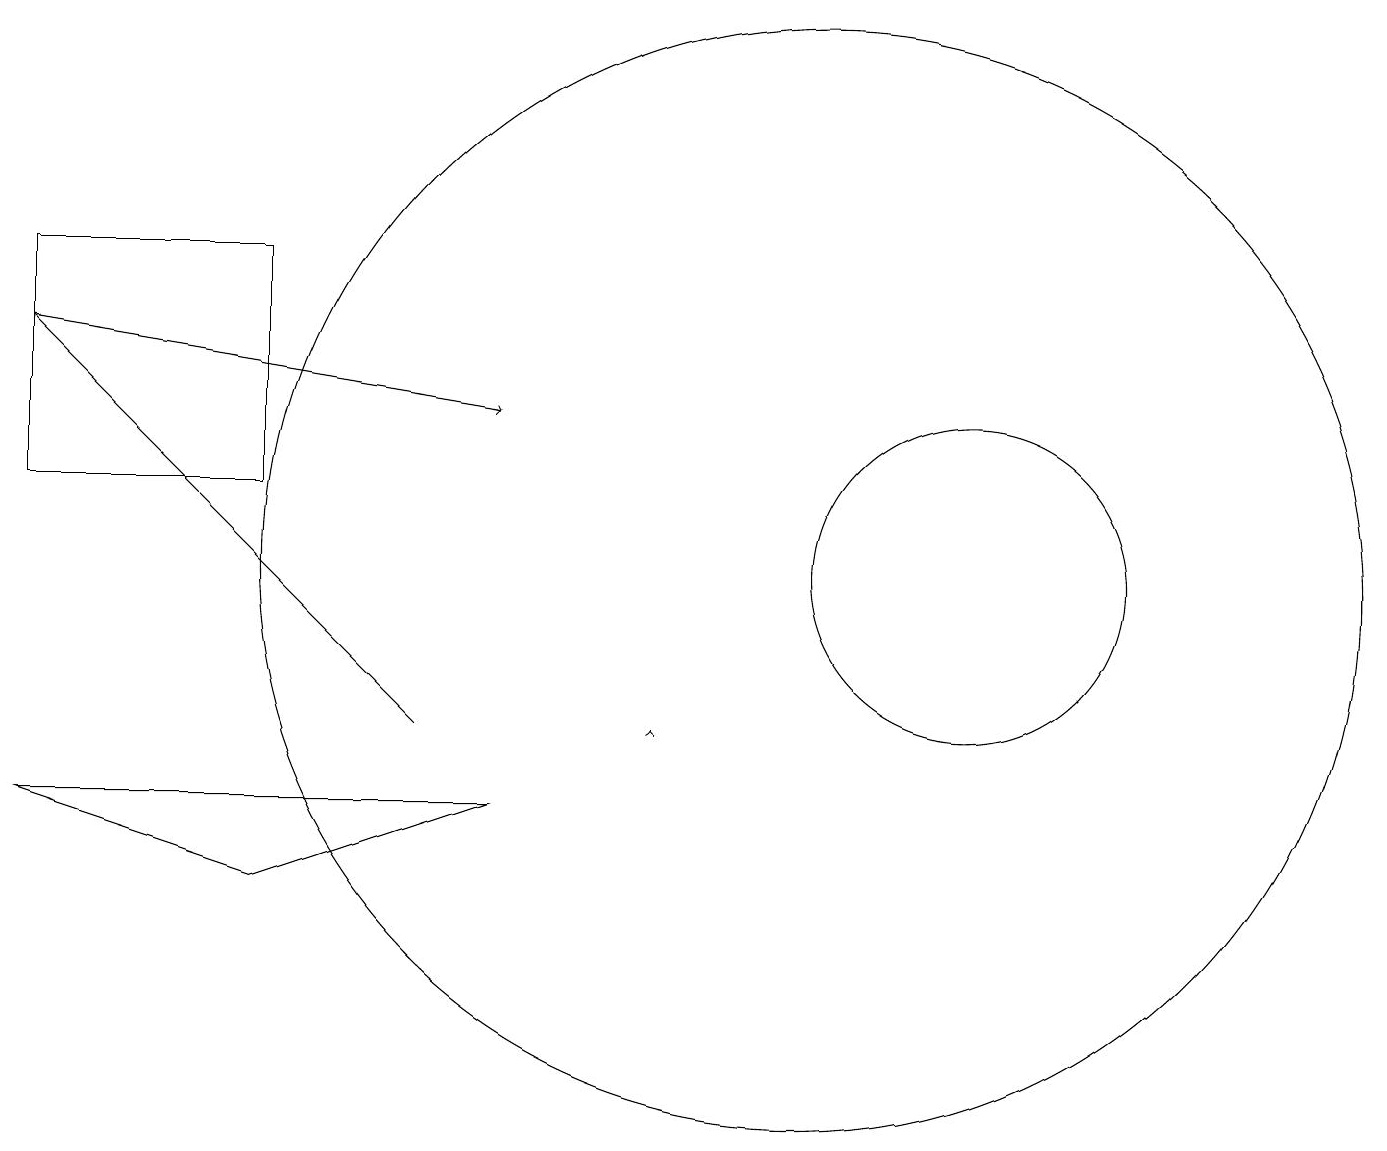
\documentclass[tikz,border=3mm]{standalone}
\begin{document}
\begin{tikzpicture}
\draw (12,12) circle (2);
\draw (3,8) -- (6,9) -- (0,9) -- cycle;
\draw[->] (0,15) -- (6,14);
\draw[->] (8,10) -- (8,10);
\draw (3,13) rectangle (0,16);
\draw[->] (5,10) -- (0,15);
\draw (10,12) circle (7);
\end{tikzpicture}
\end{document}